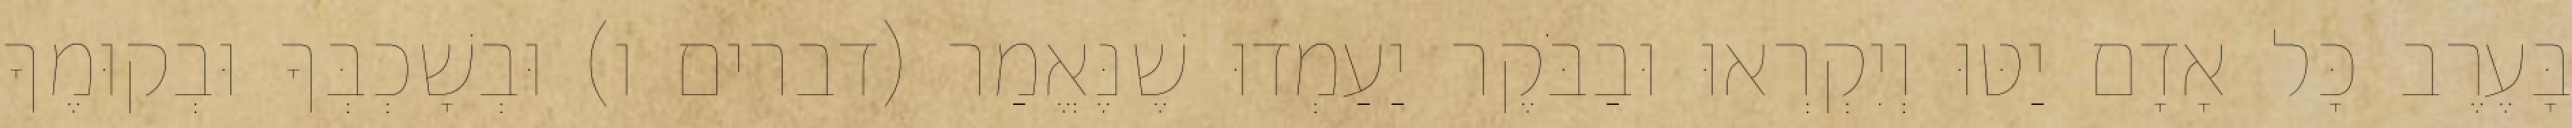
בָּעֶרֶב כָּל אָדָם יַטּוּ וְיִקְרְאוּ וּבַבֹּקֶר יַעַמְדוּ שֶׁנֶּאֱמַר (דברים ו) וּבְשָׁכְבְּךָ וּבְקוּמֶךָ